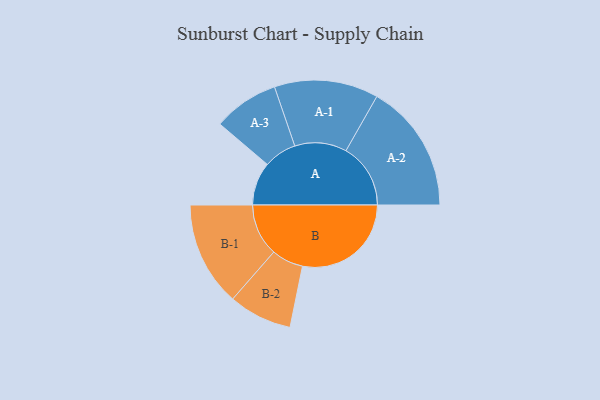
{"axis": {"x": "Segment", "y": "Value"}, "legend": ["", "A", "B"], "data": [{"x": "A", "y": 196, "type": ""}, {"x": "B", "y": 493, "type": ""}, {"x": "A-1", "y": 236, "type": "A"}, {"x": "A-2", "y": 293, "type": "A"}, {"x": "A-3", "y": 149, "type": "A"}, {"x": "B-1", "y": 237, "type": "B"}, {"x": "B-2", "y": 144, "type": "B"}]}